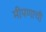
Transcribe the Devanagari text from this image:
मीपणाची